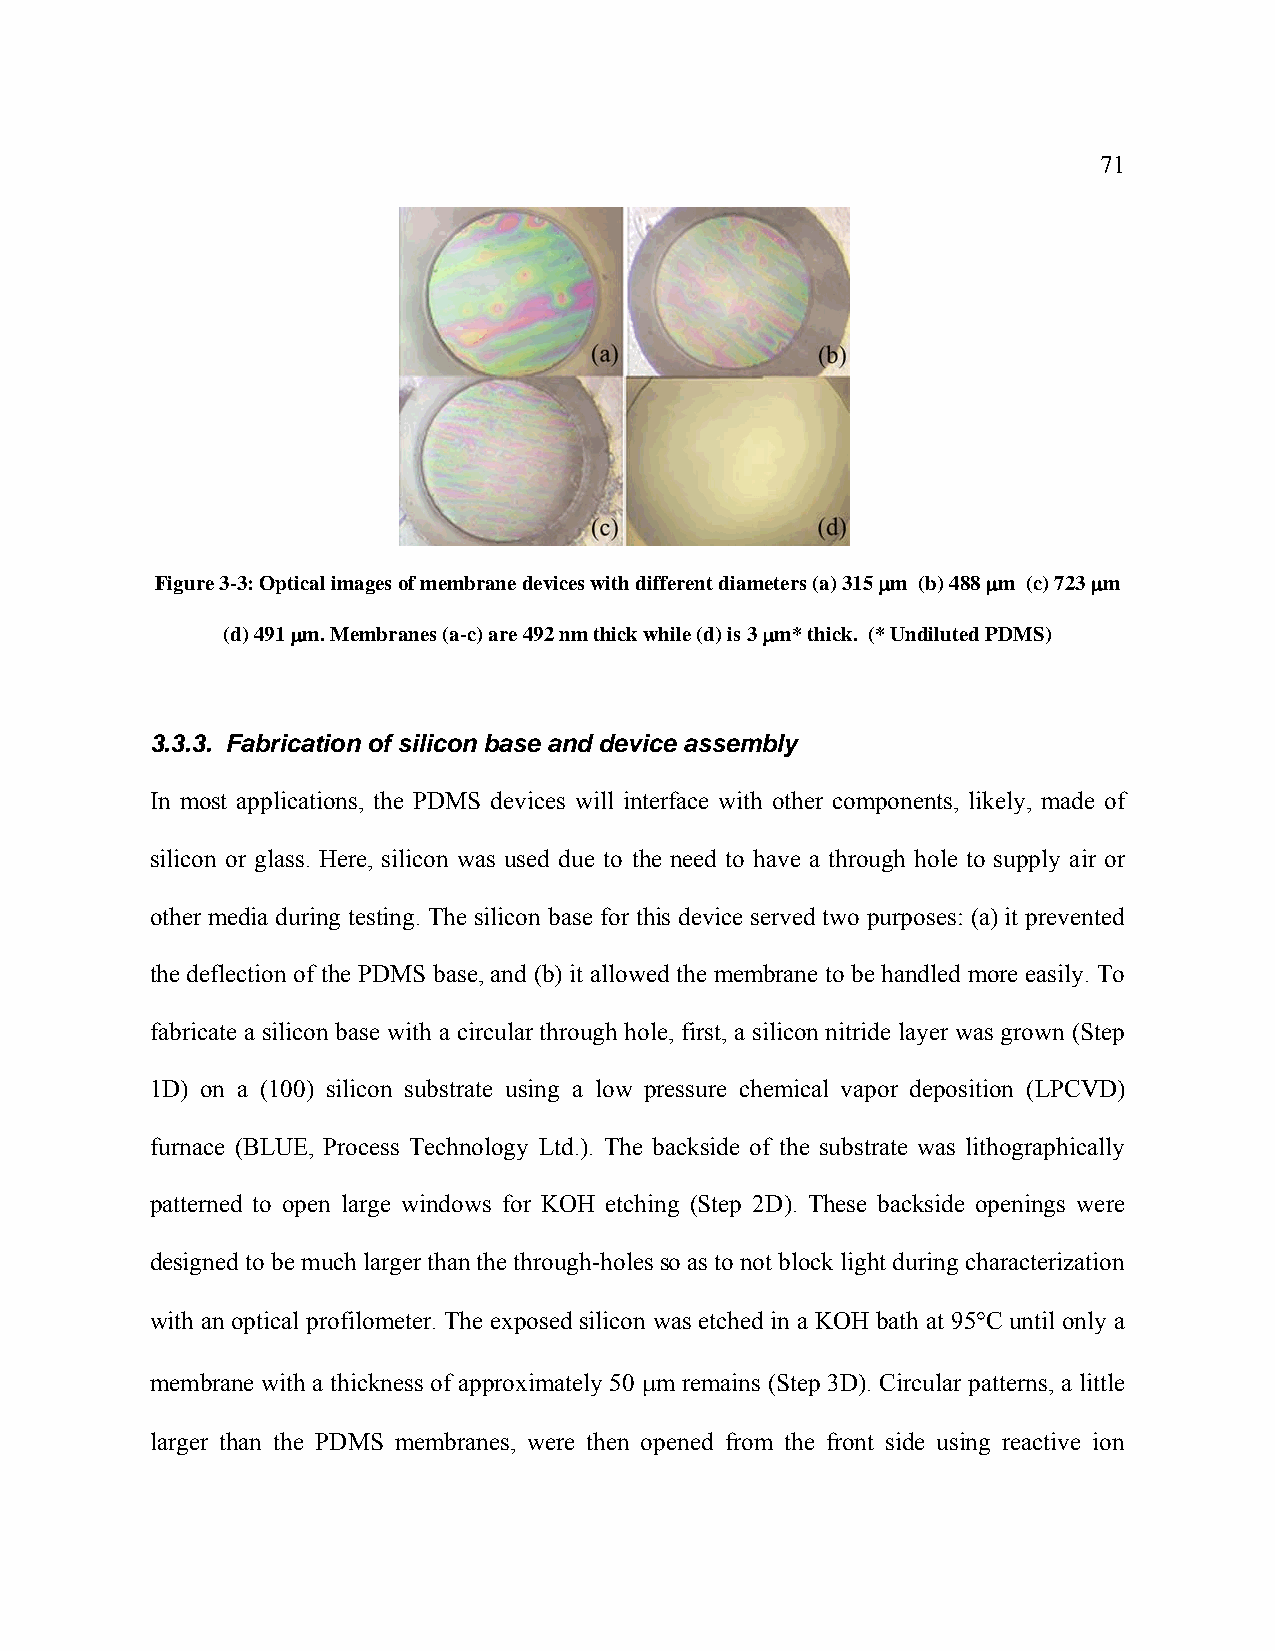
71
 Figure 3-3: Optical images of membrane devices with different diameters (a) 315 μm (b) 488 μm (c) 723 μm
 (d) 491 μm. Membranes (a-c) are 492 nm thick while (d) is 3 μm* thick. (* Undiluted PDMS)
 3.3.3. Fabrication of silicon base and device assembly
 In most applications, the PDMS devices will interface with other components, likely, made of
 silicon or glass. Here, silicon was used due to the need to have a through hole to supply air or
 other media during testing. The silicon base for this device served two purposes: (a) it prevented
 the deflection of the PDMS base, and (b) it allowed the membrane to be handled more easily. To
 fabricate a silicon base with a circular through hole, first, a silicon nitride layer was grown (Step
 1D) on a (100) silicon substrate using a low pressure chemical vapor deposition (LPCVD)
 furnace (BLUE, Process Technology Ltd.). The backside of the substrate was lithographically
 patterned to open large windows for KOH etching (Step 2D). These backside openings were
 designed to be much larger than the through-holes so as to not block light during characterization
 with an optical profilometer. The exposed silicon was etched in a KOH bath at 95°C until only a
 membrane with a thickness of approximately 50 μm remains (Step 3D). Circular patterns, a little
 larger than the PDMS membranes, were then opened from the front side using reactive ion